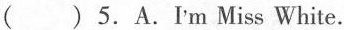
( )5.A.Im Miss White.